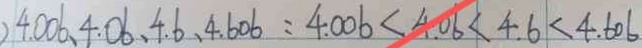
) 4 . 0 0 6 、 4 . 0 6 、 4 . 6 、 4 . 6 0 6 = 4 . 0 0 6 < 4 . 0 6 < 4 . 6 < 4 . 6 0 6